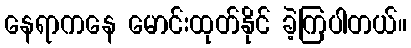
နေရာကနေ မောင်းထုတ်နိုင် ခဲ့ကြပါတယ်။